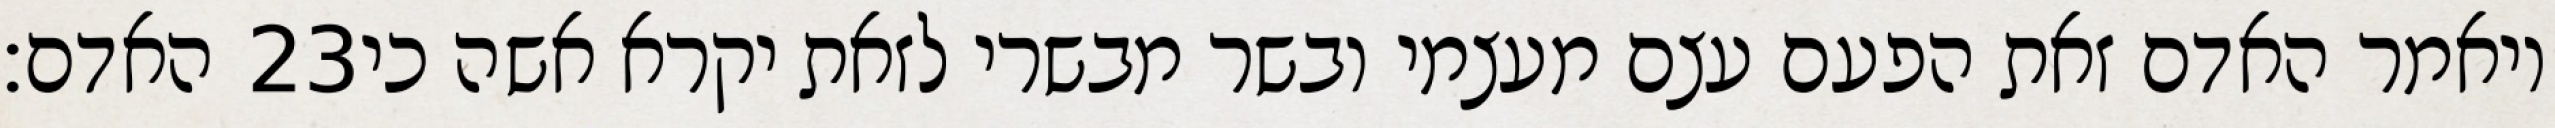
האדם׃ ‎23‏ ויאמר האדם זאת הפעם עצם מעצמי ובשר מבשרי לזאת יקרא אשה כי